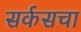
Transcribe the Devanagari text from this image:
सर्कसचा